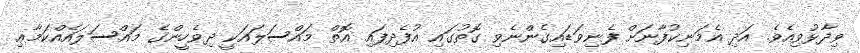
ވިދާޅުވިއެވެ. އަދި އެމަނިކުފާނަށް ފެނިވަޑައިގެންނެވި ގޮތުގައި އުފެދިފައި އޮތް މައްސަލައަކީ ދިވެހީންގެ މައްސަލައެއްކަމާޢި